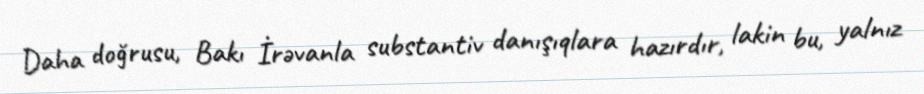
Daha doğrusu, Bakı İrəvanla substantiv danışıqlara hazırdır, lakin bu, yalnız